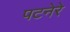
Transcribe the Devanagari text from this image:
पटनेरे